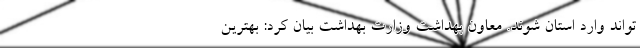
‌تواند وارد استان شوند. معاون بهداشت وزارت بهداشت بیان کرد: بهترین